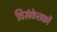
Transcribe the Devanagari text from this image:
विसंकेतकों